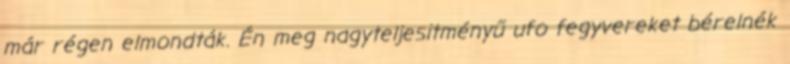
már régen elmondták. Én meg nagyteljesitményű ufo fegyvereket bérelnék